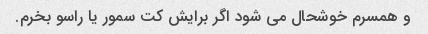
و همسرم خوشحال می شود اگر برایش کت سمور یا راسو بخرم.